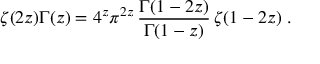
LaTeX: \zeta ( 2 z ) \Gamma ( z ) = 4 ^ { z } \pi ^ { 2 z } \, \frac { \Gamma ( 1 - 2 z ) } { \Gamma ( 1 - z ) } \, \zeta ( 1 - 2 z ) \; .